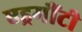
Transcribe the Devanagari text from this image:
एड्रमौंटी